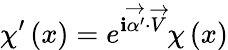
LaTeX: \chi^{\prime}\left(x\right)=e^{\mathbf{i}\overrightarrow{{\alpha^{\prime}}}\cdot\overrightarrow{{V}}}\chi\left(x\right)